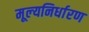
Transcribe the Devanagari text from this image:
मूल्‍यनिर्धारण